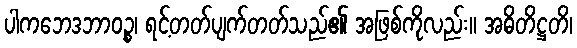
ပါကဘေဒဘာဝဉ္စ၊ ရင့်တတ်ပျက်တတ်သည်၏ အဖြစ်ကိုလည်း။ အဓိတိဋ္ဌတိ၊